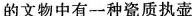
的文物中有一种瓷质执壶